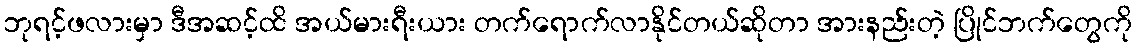
ဘုရင့်ဖလားမှာ ဒီအဆင့်ထိ အယ်မားရီးယား တက်ရောက်လာနိုင်တယ်ဆိုတာ အားနည်းတဲ့ ပြိုင်ဘက်တွေကို